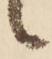
候